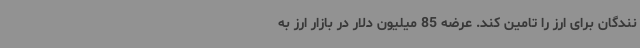
نندگان برای ارز را تامین کند. عرضه 85 میلیون دلار در بازار ارز به